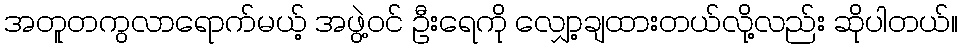
အတူတကွလာရောက်မယ့် အဖွဲ့ဝင် ဦးရေကို လျှော့ချထားတယ်လို့လည်း ဆိုပါတယ်။